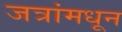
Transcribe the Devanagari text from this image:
जत्रांमधून